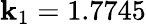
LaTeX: \mathbf{k}_{1}=1.7745